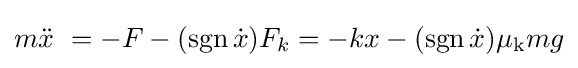
m{\ddot {x}}\ =-F-(\operatorname {sgn} {\dot {x}})F_{k}=-kx-(\operatorname {sgn} {\dot {x}})\mu _{\rm {k}}mg